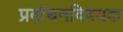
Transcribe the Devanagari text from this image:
प्रबोधनविषयक